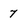
Character: 7